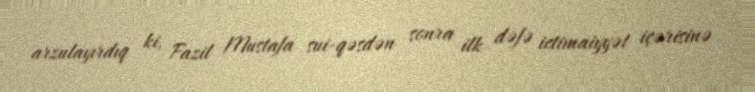
arzulayırdıq ki, Fazil Mustafa sui-qəsdən sonra ilk dəfə ictimaiyyət içərisinə